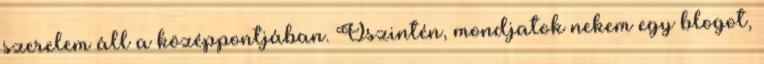
szerelem áll a középpontjában. Őszintén, mondjatok nekem egy blogot,